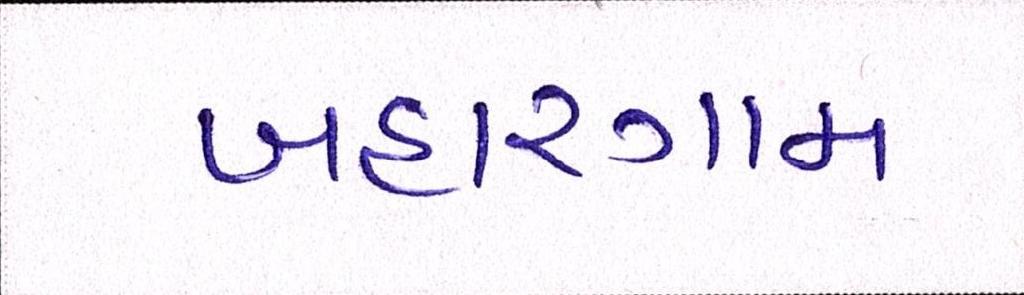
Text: બહારગામ